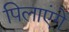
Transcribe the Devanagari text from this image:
पिलाएंगे